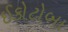
ઈકોટોબા